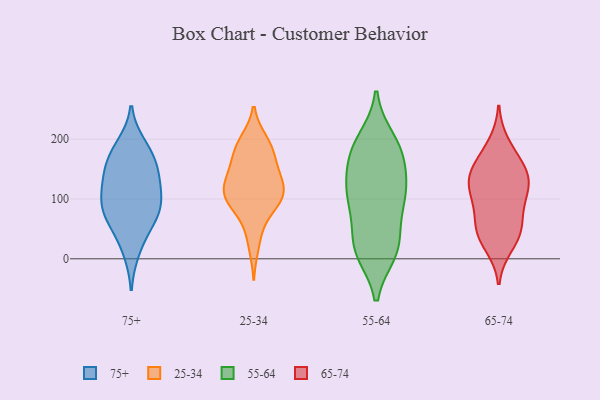
{"axis": {"x": "Conversion Rate (%)", "y": "Value"}, "legend": ["25-34", "55-64", "65-74", "75+"], "data": [{"x": "", "y": 84, "type": "75+"}, {"x": "", "y": 167, "type": "75+"}, {"x": "", "y": 139, "type": "75+"}, {"x": "", "y": 146, "type": "75+"}, {"x": "", "y": 176, "type": "75+"}, {"x": "", "y": 71, "type": "75+"}, {"x": "", "y": 109, "type": "75+"}, {"x": "", "y": 79, "type": "75+"}, {"x": "", "y": 189, "type": "75+"}, {"x": "", "y": 125, "type": "75+"}, {"x": "", "y": 14, "type": "75+"}, {"x": "", "y": 50, "type": "75+"}, {"x": "", "y": 93, "type": "75+"}, {"x": "", "y": 106, "type": "25-34"}, {"x": "", "y": 175, "type": "25-34"}, {"x": "", "y": 120, "type": "25-34"}, {"x": "", "y": 148, "type": "25-34"}, {"x": "", "y": 88, "type": "25-34"}, {"x": "", "y": 107, "type": "25-34"}, {"x": "", "y": 189, "type": "25-34"}, {"x": "", "y": 135, "type": "25-34"}, {"x": "", "y": 96, "type": "25-34"}, {"x": "", "y": 141, "type": "25-34"}, {"x": "", "y": 22, "type": "25-34"}, {"x": "", "y": 123, "type": "25-34"}, {"x": "", "y": 193, "type": "25-34"}, {"x": "", "y": 104, "type": "25-34"}, {"x": "", "y": 53, "type": "25-34"}, {"x": "", "y": 96, "type": "25-34"}, {"x": "", "y": 168, "type": "25-34"}, {"x": "", "y": 197, "type": "25-34"}, {"x": "", "y": 89, "type": "55-64"}, {"x": "", "y": 18, "type": "55-64"}, {"x": "", "y": 171, "type": "55-64"}, {"x": "", "y": 31, "type": "55-64"}, {"x": "", "y": 130, "type": "55-64"}, {"x": "", "y": 79, "type": "55-64"}, {"x": "", "y": 12, "type": "55-64"}, {"x": "", "y": 186, "type": "55-64"}, {"x": "", "y": 11, "type": "55-64"}, {"x": "", "y": 188, "type": "55-64"}, {"x": "", "y": 111, "type": "55-64"}, {"x": "", "y": 173, "type": "55-64"}, {"x": "", "y": 138, "type": "55-64"}, {"x": "", "y": 19, "type": "55-64"}, {"x": "", "y": 199, "type": "55-64"}, {"x": "", "y": 107, "type": "55-64"}, {"x": "", "y": 106, "type": "55-64"}, {"x": "", "y": 59, "type": "65-74"}, {"x": "", "y": 41, "type": "65-74"}, {"x": "", "y": 113, "type": "65-74"}, {"x": "", "y": 192, "type": "65-74"}, {"x": "", "y": 147, "type": "65-74"}, {"x": "", "y": 137, "type": "65-74"}, {"x": "", "y": 22, "type": "65-74"}, {"x": "", "y": 132, "type": "65-74"}, {"x": "", "y": 103, "type": "65-74"}, {"x": "", "y": 169, "type": "65-74"}, {"x": "", "y": 54, "type": "65-74"}, {"x": "", "y": 88, "type": "65-74"}, {"x": "", "y": 119, "type": "65-74"}, {"x": "", "y": 150, "type": "65-74"}, {"x": "", "y": 39, "type": "65-74"}]}